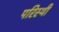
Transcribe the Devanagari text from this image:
परिस्थी